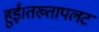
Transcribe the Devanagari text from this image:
हुई।तख्तापलट